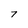
Character: 7